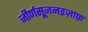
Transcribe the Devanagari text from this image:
जीर्णसूजनइज़ाफ़